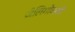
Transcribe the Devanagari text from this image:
जेलिगोव्स्की